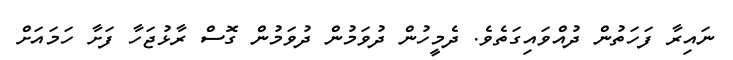
ނައިރާ ފަހަތުން ދުއްވައިގަތެވެ. ދެމީހުން ދުވަމުން ދުވަމުން ގޮސް ރާޅުޖަހާ ފަށާ ހަމައަށް